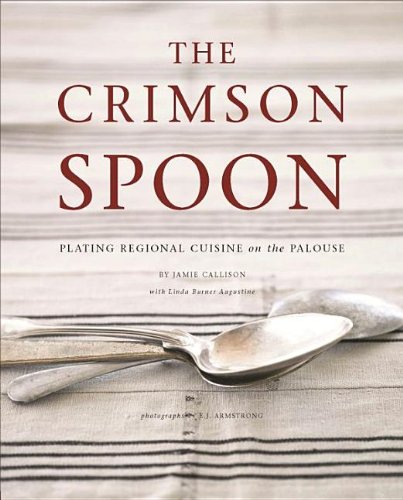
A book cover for The Crimson Spoon: Plating Regional Cuisine on the Palouse; Jamie Callison; Cookbooks, Food & Wine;